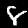
Label: 8